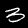
Label: 3